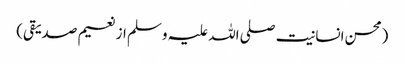
(محسن انسانیت صلی اللہ علیہ وسلم از نعیم صدیقی)